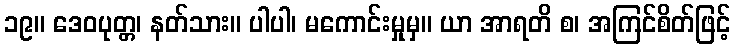
၁၉။ ဒေဝပုတ္တ၊ နတ်သား။ ပါပါ၊ မကောင်းမှုမှ။ ယာ အာရတိ စ၊ အကြင်စိတ်ဖြင့်